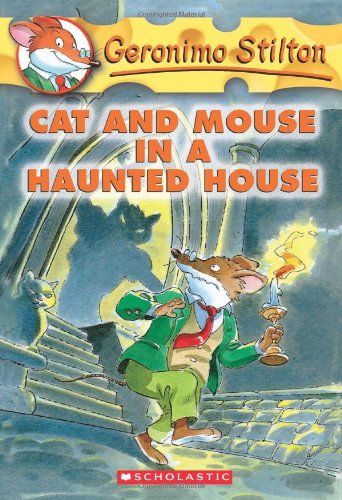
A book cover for Cat and Mouse in a Haunted House (Geronimo Stilton, No. 3); Geronimo Stilton; Children's Books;